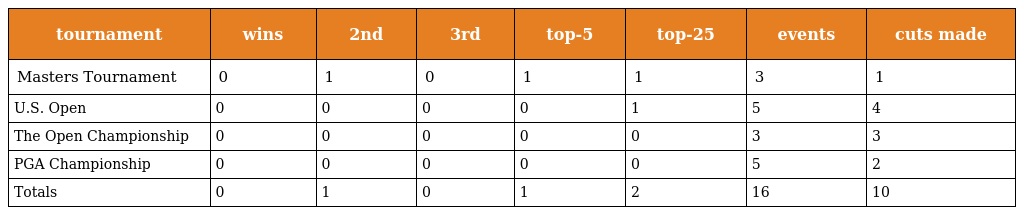
| tournament | wins | 2nd | 3rd | top-5 | top-25 | events | cuts made |
 | --- | --- | --- | --- | --- | --- | --- | --- |
 | Masters Tournament | 0 | 1 | 0 | 1 | 1 | 3 | 1 |
 | U.S. Open | 0 | 0 | 0 | 0 | 1 | 5 | 4 |
 | The Open Championship | 0 | 0 | 0 | 0 | 0 | 3 | 3 |
 | PGA Championship | 0 | 0 | 0 | 0 | 0 | 5 | 2 |
 | Totals | 0 | 1 | 0 | 1 | 2 | 16 | 10 |